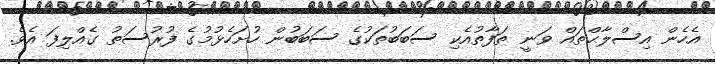
އެހެން އިސްލާޙްތައް ވަނީ ތަފާތުއެކި ސަބަބުތަކުގެ ސަބަބުން ހުށަހެޅުމުގެ ފުރުސަތު ގެއްލިފަ އެވެ.